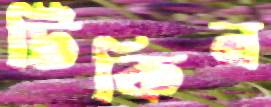
টিকিন